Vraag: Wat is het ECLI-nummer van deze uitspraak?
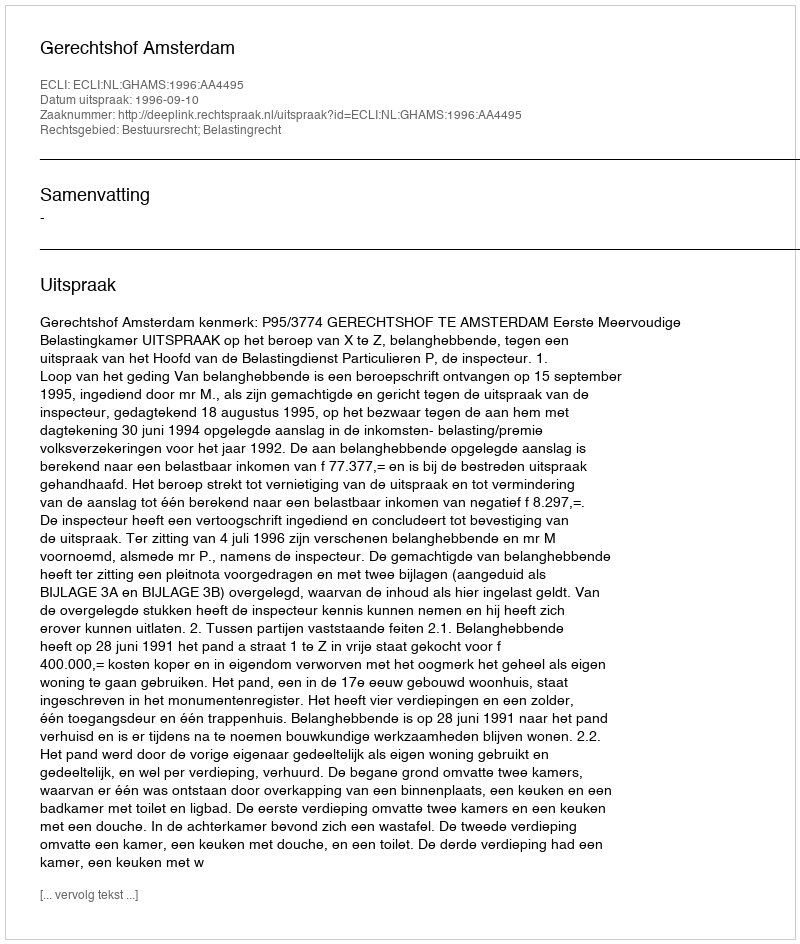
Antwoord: ECLI:NL:GHAMS:1996:AA4495